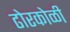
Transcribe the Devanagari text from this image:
ढोरकोळी